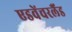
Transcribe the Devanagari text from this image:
एडवेंचरलैंड